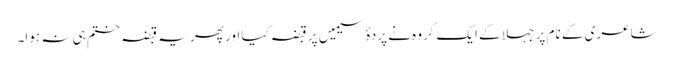
شاعری کے نام پر جہلا کے ایک گروہ نے پردۂ سیمیں پر قبضہ کیا اور پھر یہ قبضہ ختم ہی نہ ہوا۔